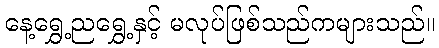
နေ့ရွှေ့ညရွှေ့နှင့် မလုပ်ဖြစ်သည်ကများသည်။